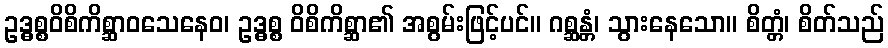
ဥဒ္ဓစ္စဝိစိကိစ္ဆာဝသေနေဝ၊ ဥဒ္ဓစ္စ ဝိစိကိစ္ဆာ၏ အစွမ်းဖြင့်ပင်။ ဂစ္ဆန္တံ၊ သွားနေသော။ စိတ္တံ၊ စိတ်သည်